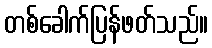
တစ်ခေါက်ပြန်ဖတ်သည်။